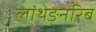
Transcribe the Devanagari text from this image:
लांथेङ्नरिब